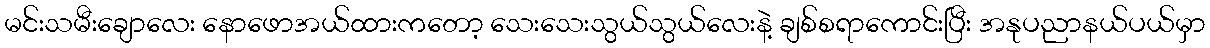
မင်းသမီးချောလေး နောဖောအယ်ထားကတော့ သေးသေးသွယ်သွယ်လေးနဲ့ ချစ်စရာကောင်းပြီး အနုပညာနယ်ပယ်မှာ